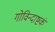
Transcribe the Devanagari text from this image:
गोविन्दाष्टकं